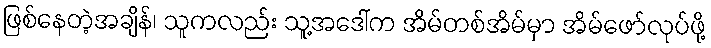
ဖြစ်နေတဲ့အချိန်၊ သူကလည်း သူ့အဒေါ်က အိမ်တစ်အိမ်မှာ အိမ်ဖော်လုပ်ဖို့